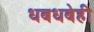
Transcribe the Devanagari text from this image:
धबधबेही